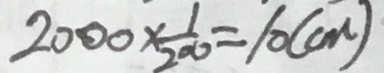
2 0 0 0 \times \frac { 1 } { 2 0 0 } = 1 0 ( c m )